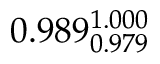
0 . 9 8 9 _ { 0 . 9 7 9 } ^ { 1 . 0 0 0 }